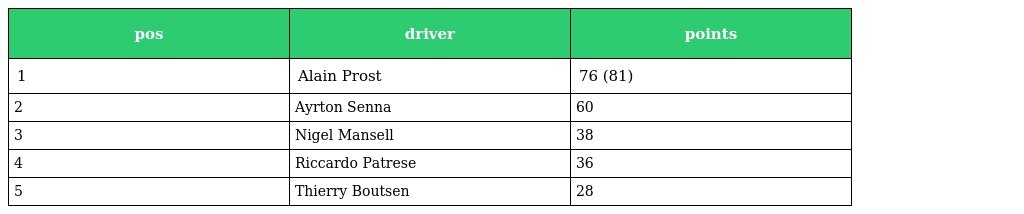
| pos | driver | points |
 | --- | --- | --- |
 | 1 | Alain Prost | 76 (81) |
 | 2 | Ayrton Senna | 60 |
 | 3 | Nigel Mansell | 38 |
 | 4 | Riccardo Patrese | 36 |
 | 5 | Thierry Boutsen | 28 |